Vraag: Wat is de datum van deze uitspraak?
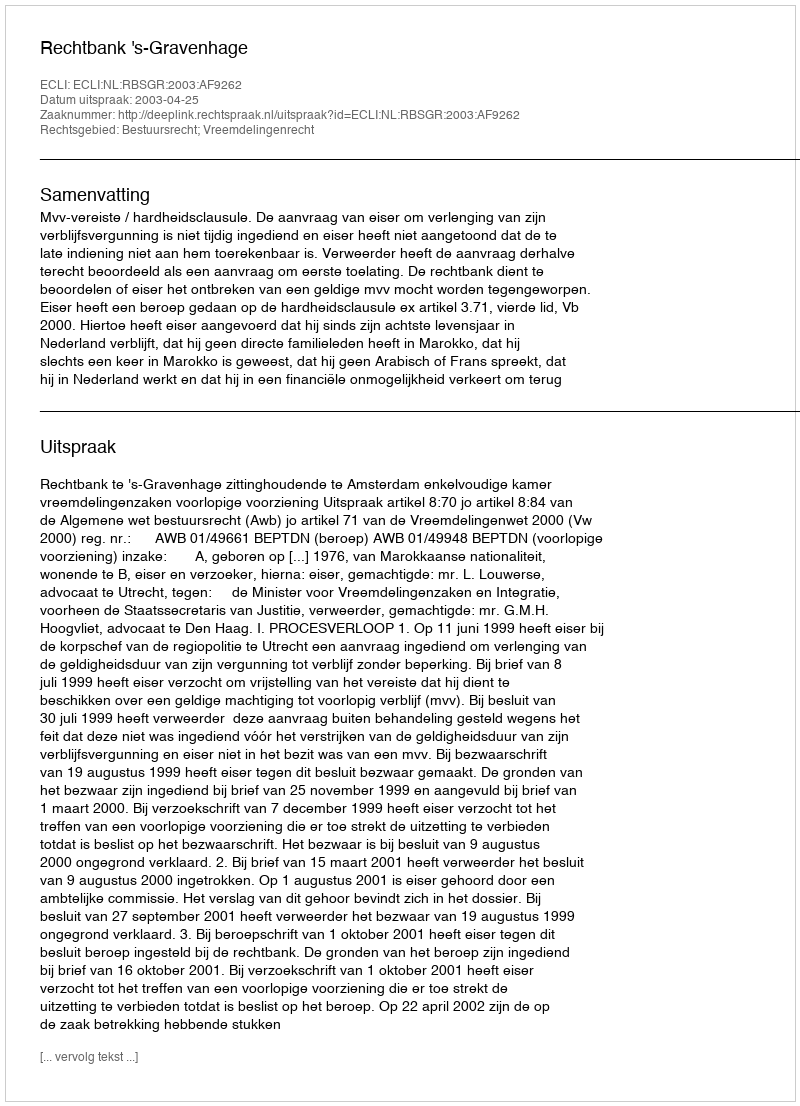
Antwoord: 2003-04-25